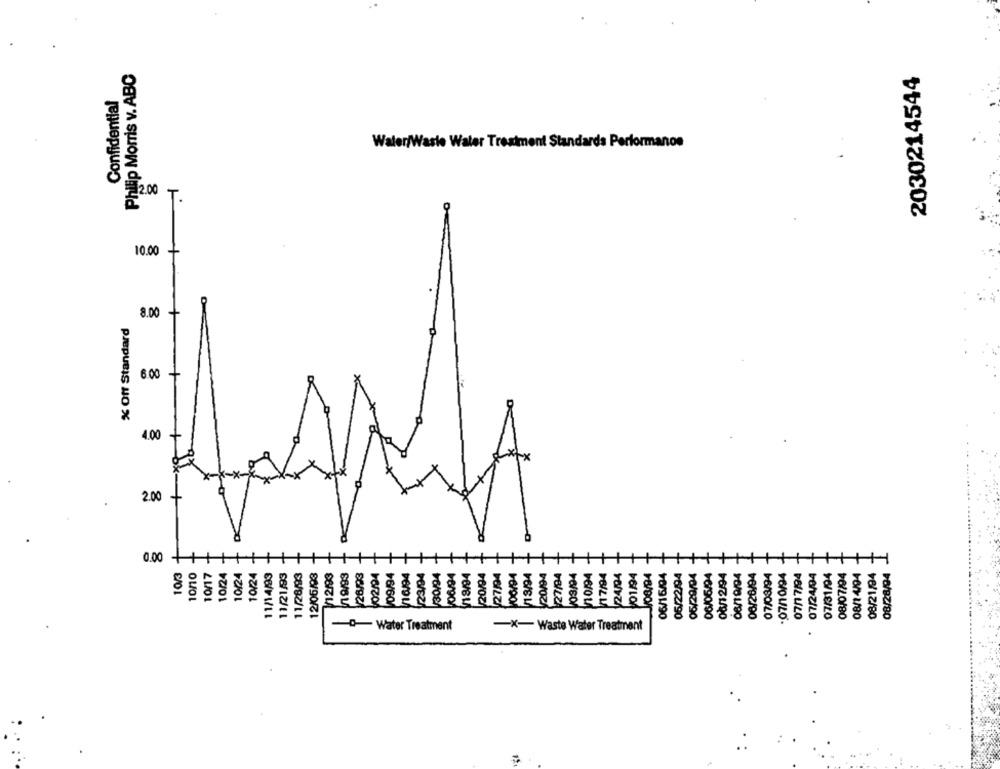
Philip Morris v. ABC
2030214544
Confidential
Water/Waste Water Treatment Standards Performance
10.00
8.00
% Off Standard
6.00
4.00
2.00
0.00 +
10/3
10/10
10/17
10/24
10/24
10/24
11/14/93
11/21/83
11/28/93
12/06/03
/12/93
19/93
01/94
06/16/94
05/22/94
05/29/94
06/06/94
00/12/94
08/19/94
06/20/94
07/03/94
.07/10/94
07/17/94
07/24/94
07/31/94
08/07/94
08/1 4/94
08/21/94
08/28/94
- Water Treatment
-X- Waste Water Treatment